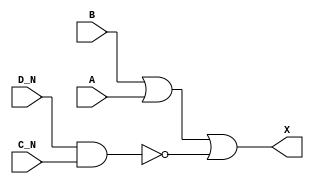
/*
 * Copyright 2020 The SkyWater PDK Authors
 *
 * Licensed under the Apache License, Version 2.0 (the "License");
 * you may not use this file except in compliance with the License.
 * You may obtain a copy of the License at
 *
 *     https://www.apache.org/licenses/LICENSE-2.0
 *
 * Unless required by applicable law or agreed to in writing, software
 * distributed under the License is distributed on an "AS IS" BASIS,
 * WITHOUT WARRANTIES OR CONDITIONS OF ANY KIND, either express or implied.
 * See the License for the specific language governing permissions and
 * limitations under the License.
 *
 * SPDX-License-Identifier: Apache-2.0
*/


`ifndef SKY130_FD_SC_LS__OR4BB_FUNCTIONAL_V
`define SKY130_FD_SC_LS__OR4BB_FUNCTIONAL_V

/**
 * or4bb: 4-input OR, first two inputs inverted.
 *
 * Verilog simulation functional model.
 */

`timescale 1ns / 1ps
`default_nettype none

`celldefine
module sky130_fd_sc_ls__or4bb (
    X  ,
    A  ,
    B  ,
    C_N,
    D_N
);

    // Module ports
    output X  ;
    input  A  ;
    input  B  ;
    input  C_N;
    input  D_N;

    // Local signals
    wire nand0_out;
    wire or0_out_X;

    //   Name   Output     Other arguments
    nand nand0 (nand0_out, D_N, C_N       );
    or   or0   (or0_out_X, B, A, nand0_out);
    buf  buf0  (X        , or0_out_X      );

endmodule
`endcelldefine

`default_nettype wire
`endif  // SKY130_FD_SC_LS__OR4BB_FUNCTIONAL_V